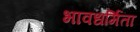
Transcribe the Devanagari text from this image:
भावधर्मिता